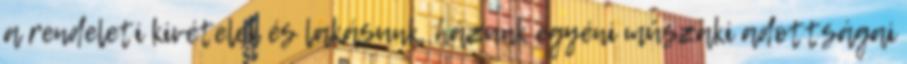
a rendeleti kivételek és lakásunk, házunk egyéni műszaki adottságai